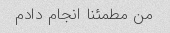
من مطمئنا انجام دادم